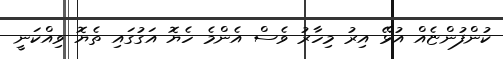
ކުންފުންޏެއް އުޅޭ އިރު މިހާރު ވެސް އެންމެ ހެޔޮ އަގުގައި ތެޔޮ ވިއްކަނީ